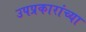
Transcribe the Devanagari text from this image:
उपप्रकारांच्या